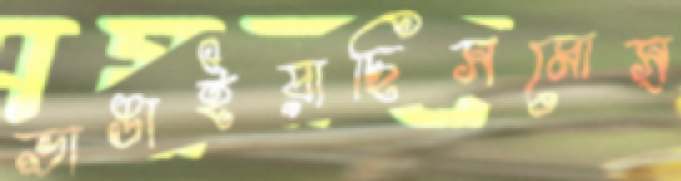
ভাঙাইয়াছিসমোস্